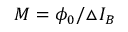
M = \phi _ { 0 } / \triangle I _ { B }